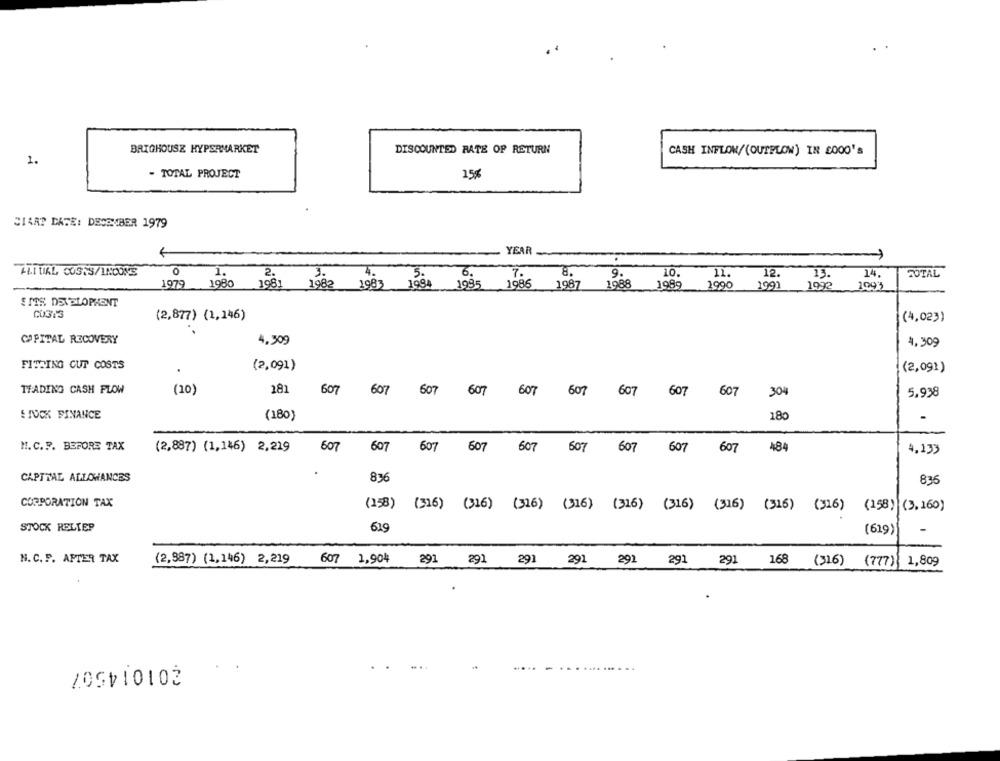
BRIGHOUSE HYPERMARKET
DISCOUNTED RATE OF RETURN
CASH INFLOW/(OUTPLOW) IN 2000's
1.
- TOTAL PROJECT
15%
CIAAT DATE: DECEMBER 1979
YEAR
FLI TILL COSTS/INCOME
1.
2.
7.
8.
9.
10.
11.
12.
13.
14.
TOTAL
3.
1979
1980
1981
1982
1983
194
1995
1986
1987
1989
1990
1991
1992
1093
S MTS DEVELOPMENT
CU313
(2,877) (1,146)
(4,023)
CAPITAL RECOVERY
4.309
4.309
FITTING CUT COSTS
(2,091)
(2,091)
281
TRADING CASH FLOW
(10)
607
607
607
607
607
607
607
607
607
304
5,938
E JUCK FINANCE
(180)
180
H. C.F. BEFORE TAX
(2,887) (1,146) 2,219
607
607
607
607
607
507
607
607
607
484
4.133
CAPITAL ALLOWANCES
836
835
CORPORATION TAX
(158) (316) (316) (316) (316) (316) (316) (316) (316) (316) (158) (3, 160)
STOCK RELIEP
619
(619)
-
N. C. F. AFTER TAX
(2,987) (1,146) 2,219
607 1,904
291
291
291
291
291 291 291
168 (316) (777) 1,809
201014507